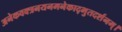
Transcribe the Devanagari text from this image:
अनेकवक्त्रनयनमनेकाद्भुतदर्शनम्‌।